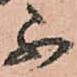
不